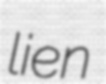
lien